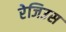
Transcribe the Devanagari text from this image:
रेजिउस